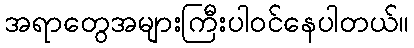
အရာတွေအများကြီးပါဝင်နေပါတယ်။